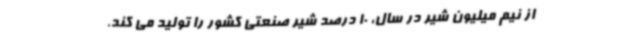
از نیم میلیون شیر در سال، 10 درصد شیر صنعتی کشور را تولید می کند.